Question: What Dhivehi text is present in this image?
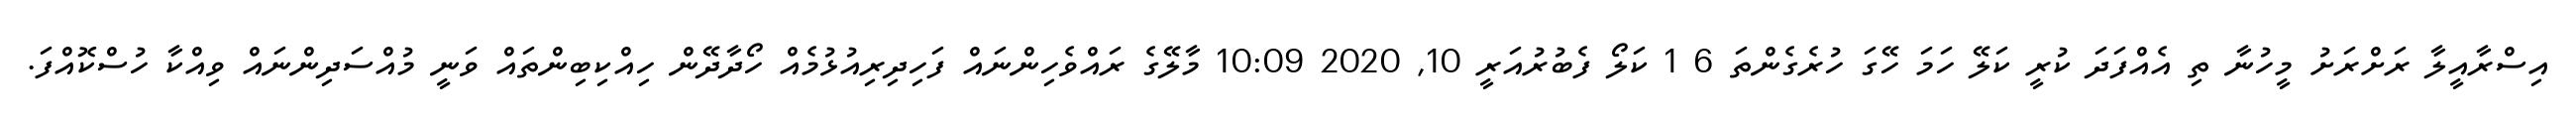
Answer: އިސްރާއީލާ ރަށްރަށު މީހުނާ ތި އެއްފަދަ ކުރީ ކަލޭ ހަމަ ހޭގަ ހުރެގެންތަ 6 1 ކަލޯ ފެބުރުއަރީ 10, 2020 10:09 މާލޭގެ ރައްވެހިންނައް ފަހިދިރިއުޅުމެއް ހޯދާދޭން ހިއްކިބިންތައް ވަނީ މުއްސަދިންނައް ވިއްކާ ހުސްކޮއްފަ.